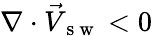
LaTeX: \nabla\cdot\vec{V}_{\mathrm{~s~w~}}<0